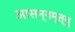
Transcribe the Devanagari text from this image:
आसन्नमृत्यु